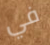
في